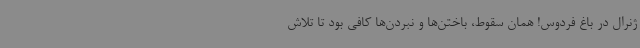
ژنرال در باغ فردوس! همان سقوط، باختن‌ها و نبردن‌ها کافی بود تا تلاش